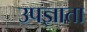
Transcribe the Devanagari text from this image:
उपज्ञाता